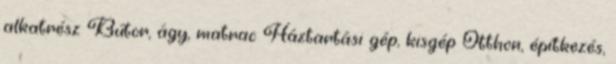
alkatrész Bútor, ágy, matrac Háztartási gép, kisgép Otthon, építkezés,